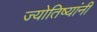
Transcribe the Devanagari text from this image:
ज्योतिष्यांनी